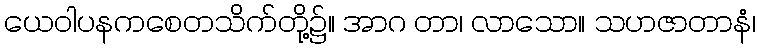
ယေဝါပနကစေတသိက်တို့၌။ အာဂ တာ၊ လာသော။ သဟဇာတာနံ၊